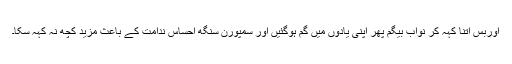
اوربس اتنا کہہ کر نواب بیگم پھر اپنی یادوں میں گم ہوگئیں اور سمپورن سنگھ احساس ندامت کے باعث مزید کچھ نہ کہہ سکا۔